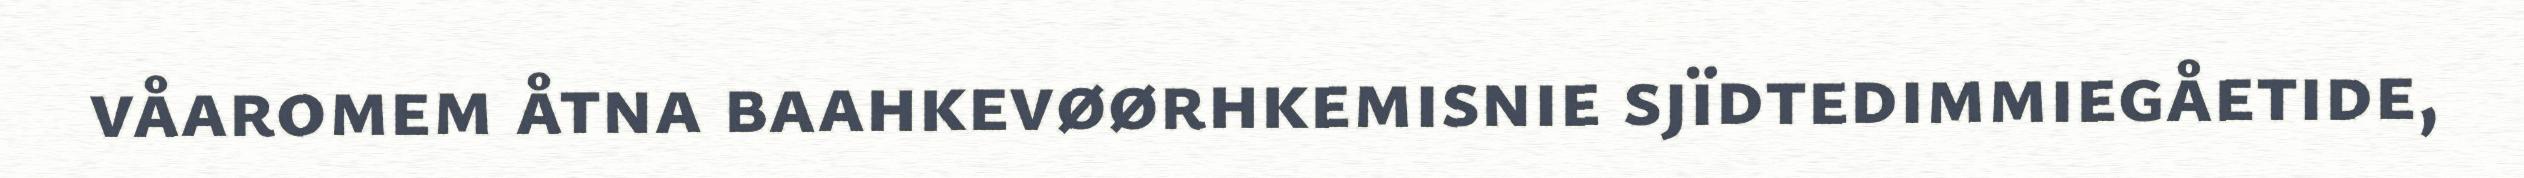
våaromem åtna baahkevøørhkemisnie sjïdtedimmiegåetide,